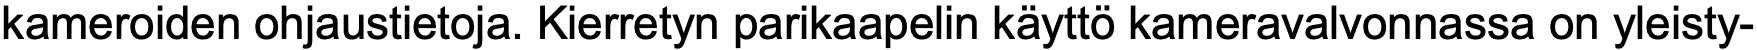
kameroiden ohjaustietoja. Kierretyn parikaapelin käyttö kameravalvonnassa on yleisty-